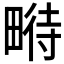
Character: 𤲵